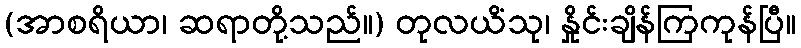
(အာစရိယာ၊ ဆရာတို့သည်။) တုလယိံသု၊ နှိုင်းချိန်ကြကုန်ပြီ။